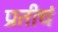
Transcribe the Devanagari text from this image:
प्रतीचं